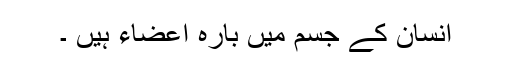
اِنسان کے جسم میں بارہ اعضاء ہیں ۔